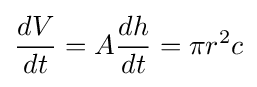
{\frac {dV}{dt}}=A{\frac {dh}{dt}}=\pi r^{2}c